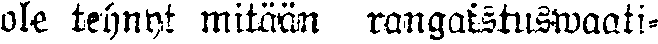
ole tehnyt mitään rangaistuswaati-